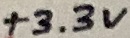
Text: +3.3V